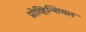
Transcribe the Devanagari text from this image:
प्रोव्हिन्शियल